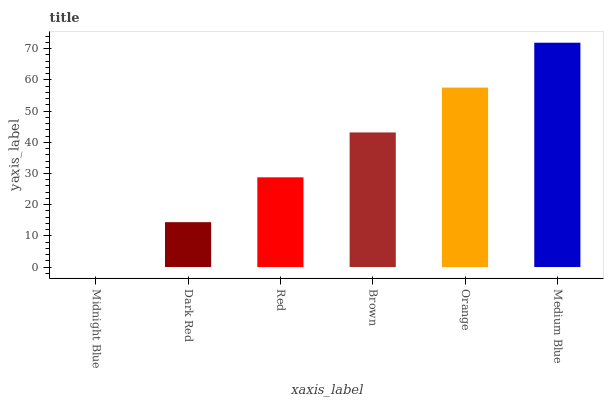
| xaxis_label | bars |
 | --- | --- |
 | Midnight Blue | 0 |
 | Dark Red | 14.4 |
 | Red | 28.8 |
 | Brown | 43.2 |
 | Orange | 57.5 |
 | Medium Blue | 71.9 |